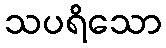
သပရိသော